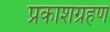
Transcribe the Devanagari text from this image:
प्रकाशग्रहण